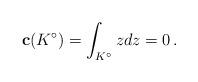
LaTeX: \begin{align*}\bold{c}(K^\circ) = \int_{K^\circ} z dz = 0\, .\end{align*}